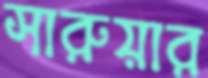
সারুয়ার